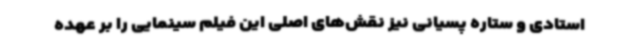
استادی و ستاره پسیانی نیز نقش‌های اصلی این فیلم سینمایی را بر عهده